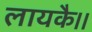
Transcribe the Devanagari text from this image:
लायकै।।